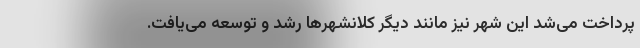
پرداخت می‌شد این شهر نیز مانند دیگر کلانشهرها رشد و توسعه می‌یافت.